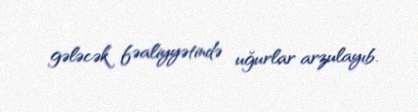
gələcək fəaliyyətində uğurlar arzulayıb.